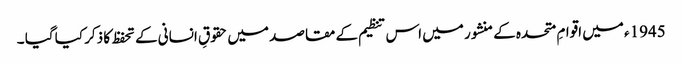
1945ء میں اقوامِ متحدہ کے منشور میں اس تنظیم کے مقاصد میں حقوقِ انسانی کے تحفظ کا ذکر کیا گیا ۔